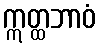
ဣတ္ထဘာဝံ